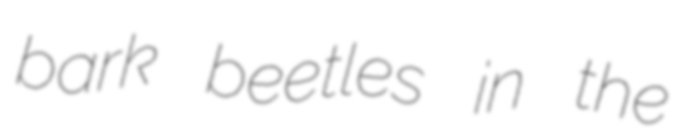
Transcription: bark beetles in the